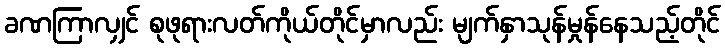
ခဏကြာလျှင် စုဖုရားလတ်ကိုယ်တိုင်မှာလည်း မျက်နှာသုန်မှုန်နေသည့်တိုင်